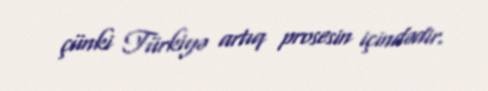
çünki Türkiyə artıq prosesin içindədir.